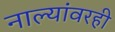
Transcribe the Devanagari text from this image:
नाल्यांवरही